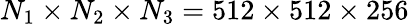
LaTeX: {N_{1}}\times{N_{2}}\times{N_{3}}=512\times 512\times 256